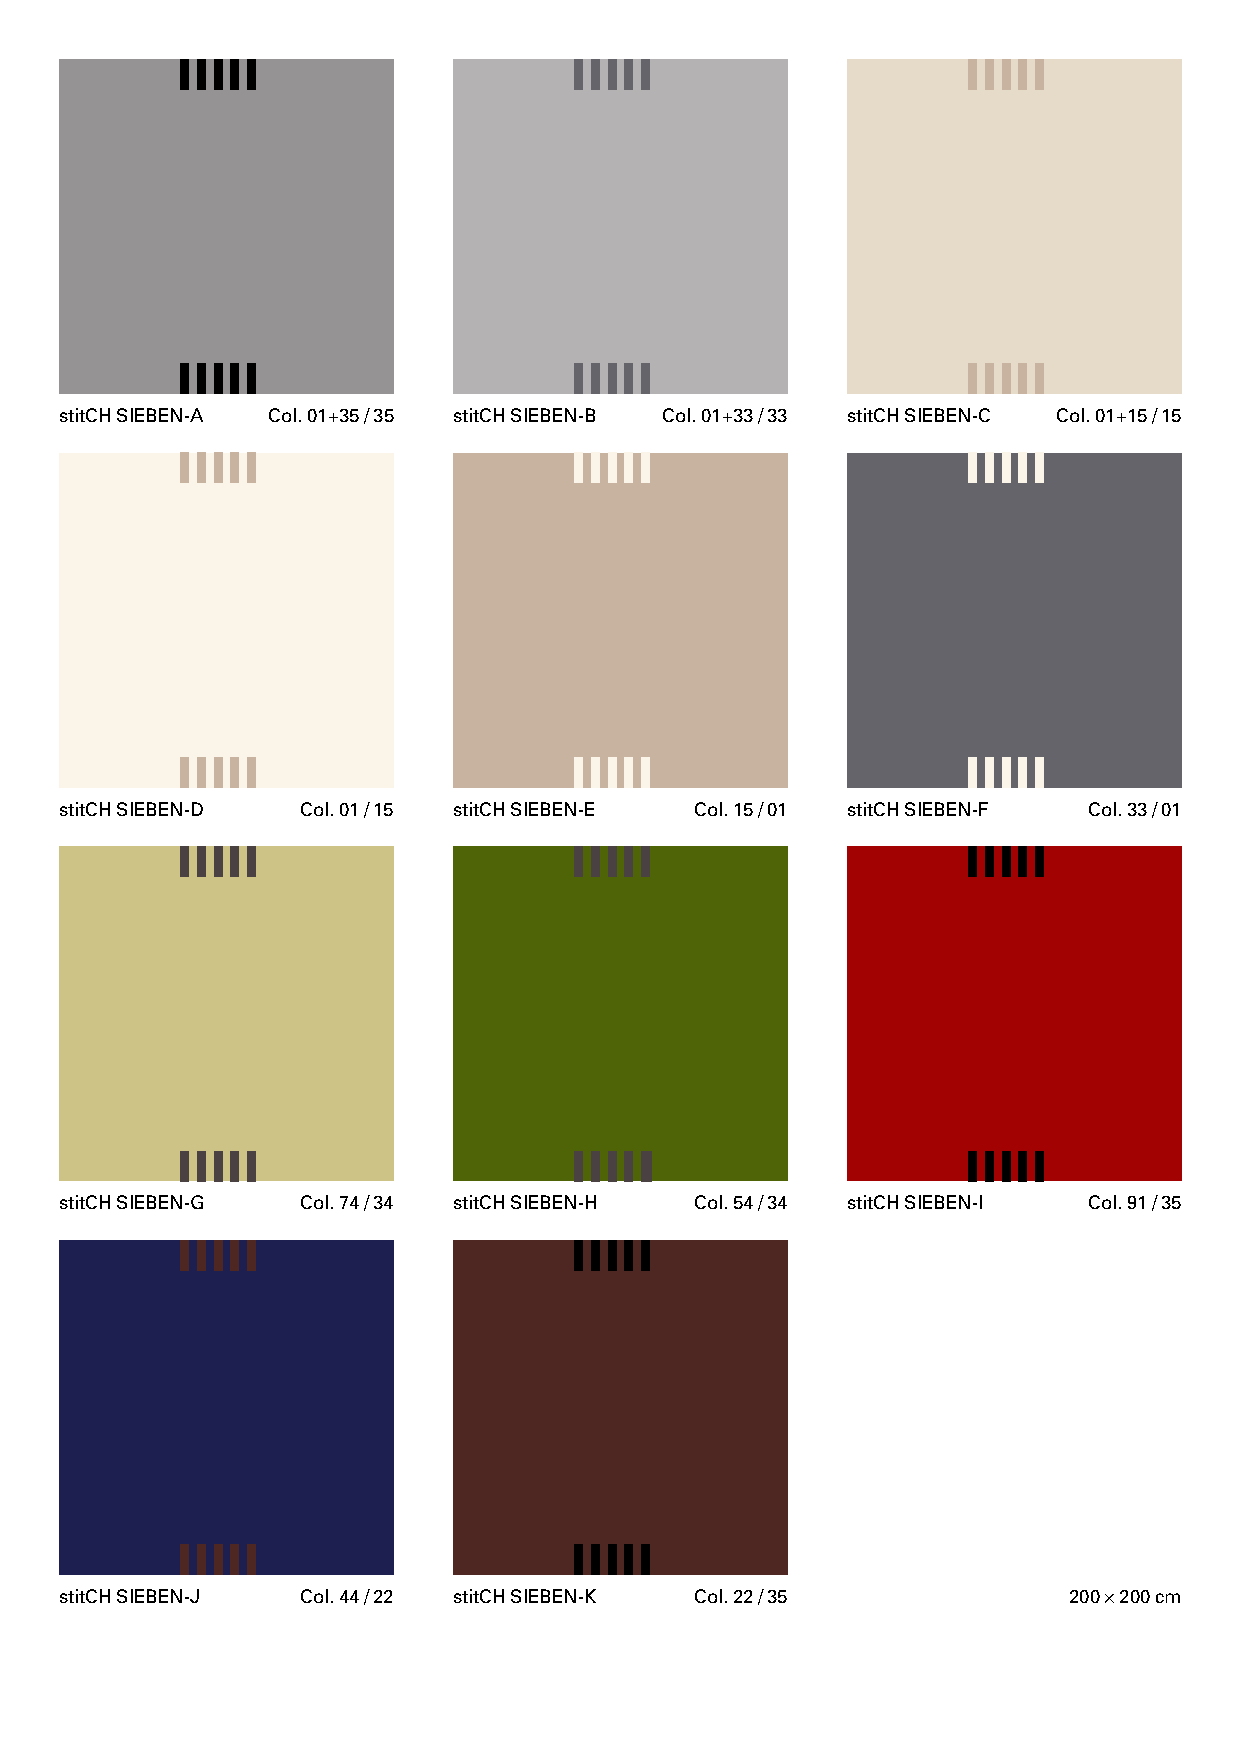
stitCH SIEBEN-A Col. 01+35 / 35 stitCH SIEBEN-B Col. 01+33 / 33 stitCH SIEBEN-C Col. 01+15 / 15
 stitCH SIEBEN-D Col. 01 / 15 stitCH SIEBEN-E Col. 15 / 01 stitCH SIEBEN-F Col. 33 / 01
 stitCH SIEBEN-G Col. 74 / 34 stitCH SIEBEN-H Col. 54 / 34 stitCH SIEBEN-I Col. 91 / 35
 stitCH SIEBEN-J Col. 44 / 22 stitCH SIEBEN-K Col. 22 / 35          200 × 200 cm